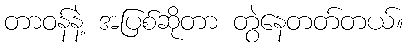
တာဝန်နဲ့ အပြစ်ဆိုတာ တွဲနေတတ်တယ်။